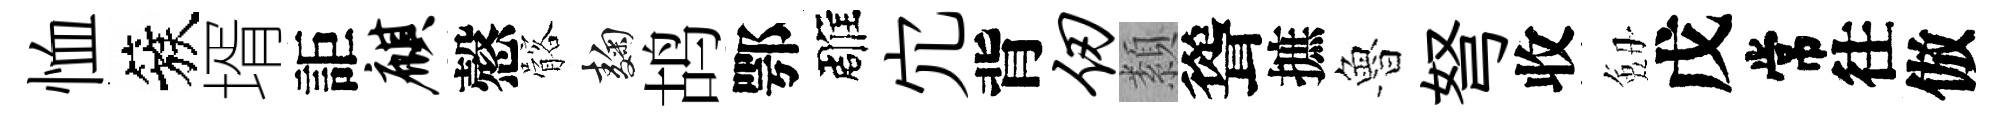
恤簇壻詎麒慤髂麹鸪鄂雕宂背仞纇聳摭魯弩收劔戊常往倣